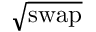
\sqrt { \mathrm { s w a p } }